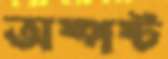
অষ্পষ্ট